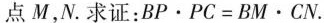
点M，N.求证：$$B P \cdot P C = B M \cdot C N$$.